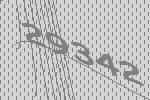
29342